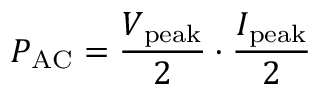
P _ { \mathrm { A C } } = { \frac { V _ { \mathrm { p e a k } } } { 2 } } \cdot { \frac { I _ { \mathrm { p e a k } } } { 2 } }